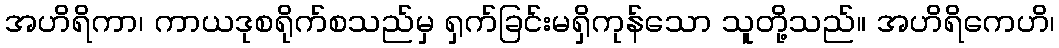
အဟိရိကာ၊ ကာယဒုစရိုက်စသည်မှ ရှက်ခြင်းမရှိကုန်သော သူတို့သည်။ အဟိရိကေဟိ၊